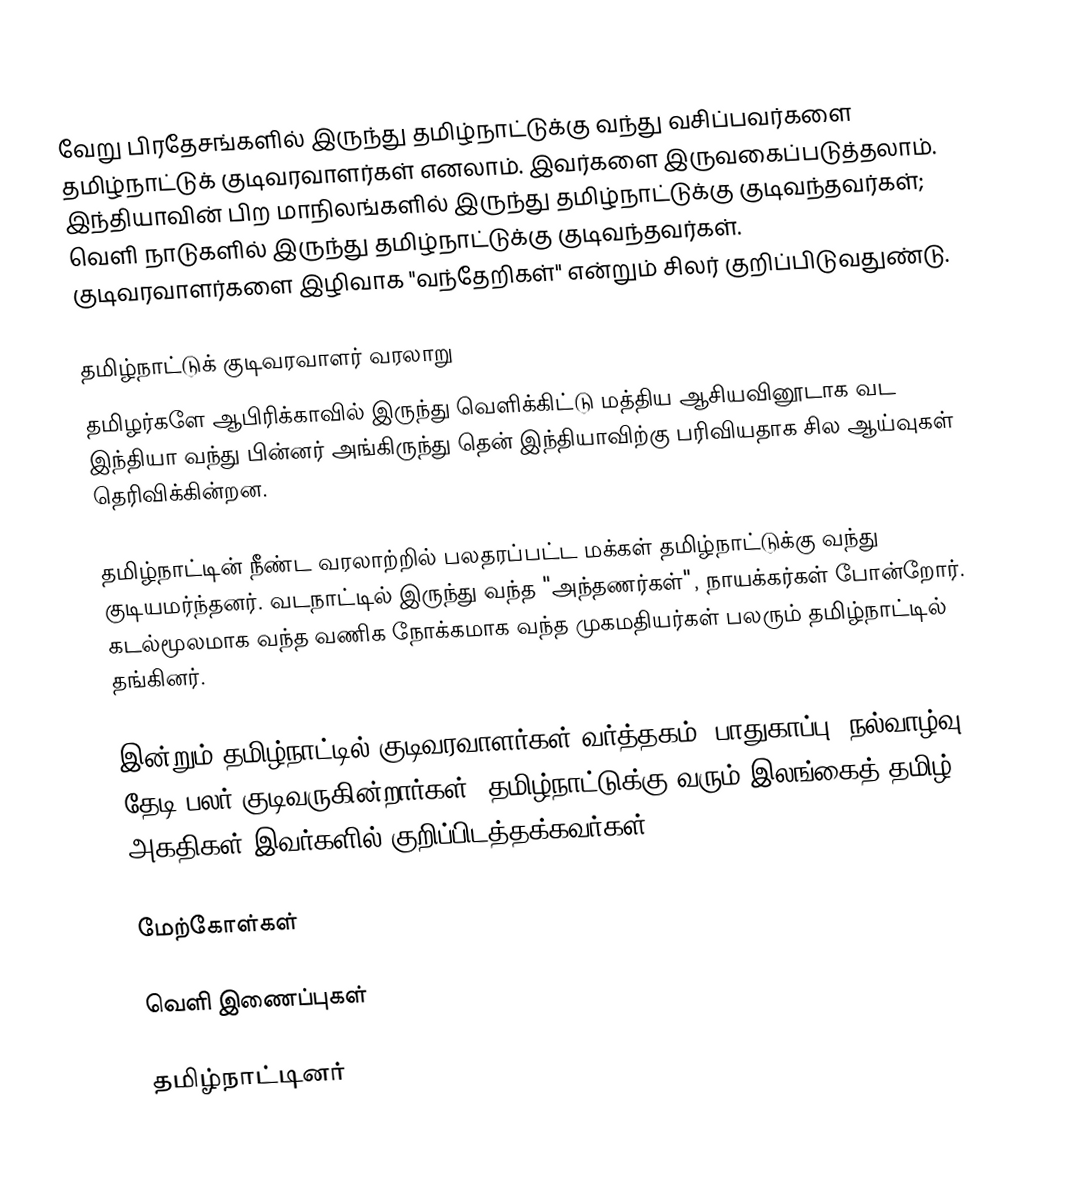
வேறு பிரதேசங்களில் இருந்து தமிழ்நாட்டுக்கு வந்து வசிப்பவர்களை தமிழ்நாட்டுக் குடிவரவாளர்கள் எனலாம். இவர்களை இருவகைப்படுத்தலாம்.  இந்தியாவின் பிற மாநிலங்களில் இருந்து தமிழ்நாட்டுக்கு குடிவந்தவர்கள்; வெளி நாடுகளில் இருந்து தமிழ்நாட்டுக்கு குடிவந்தவர்கள். குடிவரவாளர்களை இழிவாக "வந்தேறிகள்" என்றும் சிலர் குறிப்பிடுவதுண்டு.

தமிழ்நாட்டுக் குடிவரவாளர் வரலாறு
தமிழர்களே ஆபிரிக்காவில் இருந்து வெளிக்கிட்டு மத்திய ஆசியவினூடாக வட இந்தியா வந்து பின்னர் அங்கிருந்து தென் இந்தியாவிற்கு பரிவியதாக சில ஆய்வுகள் தெரிவிக்கின்றன.

தமிழ்நாட்டின் நீண்ட வரலாற்றில் பலதரப்பட்ட மக்கள் தமிழ்நாட்டுக்கு வந்து குடியமர்ந்தனர். வடநாட்டில் இருந்து வந்த "அந்தணர்கள்", நாயக்கர்கள் போன்றோர். கடல்மூலமாக வந்த வணிக நோக்கமாக வந்த முகமதியர்கள் பலரும் தமிழ்நாட்டில் தங்கினர்.

இன்றும் தமிழ்நாட்டில் குடிவரவாளர்கள் வர்த்தகம், பாதுகாப்பு, நல்வாழ்வு தேடி பலர் குடிவருகின்றார்கள். தமிழ்நாட்டுக்கு வரும் இலங்கைத் தமிழ் அகதிகள் இவர்களில் குறிப்பிடத்தக்கவர்கள்.

மேற்கோள்கள்

வெளி இணைப்புகள்

தமிழ்நாட்டினர்